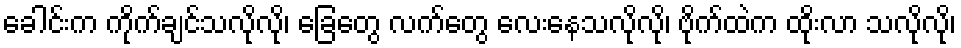
ခေါင်းက ကိုက်ချင်သလိုလို၊ ခြေတွေ လက်တွေ လေးနေသလိုလို၊ ဗိုက်ထဲက ထိုးလာ သလိုလို၊